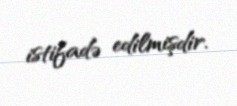
istifadə edilmişdir.